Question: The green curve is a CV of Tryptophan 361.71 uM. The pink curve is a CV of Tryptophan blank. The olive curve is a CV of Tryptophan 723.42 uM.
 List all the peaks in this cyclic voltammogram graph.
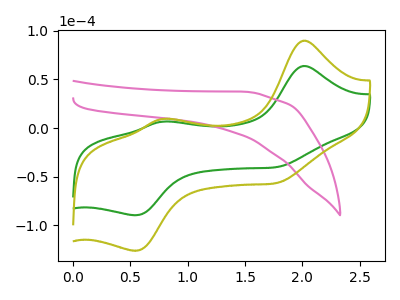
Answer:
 <answer>The green curve "Tryptophan 361.71 uM" has anodic peaks at (2.00V, 63.85uA) (0.80V, 6.65uA) and cathodic peaks at (1.80V, -39.85uA) (0.55V, -89.60uA). The pink curve "Tryptophan blank" has no peaks. The olive curve "Tryptophan 723.42 uM" has anodic peaks at (2.00V, 89.85uA) (0.80V, 9.35uA) and cathodic peaks at (1.80V, -56.10uA) (0.55V, -126.10uA).</answer>
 <eval></eval>